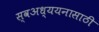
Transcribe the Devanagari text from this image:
स्वअध्ययनासाठी